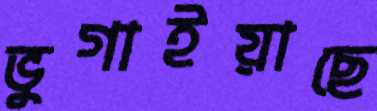
ভুগাইয়াছে